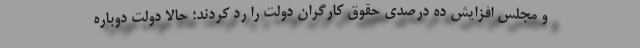
و مجلس افزایش ده درصدی حقوق کارگران دولت را رد کردند؛ حالا دولت دوباره